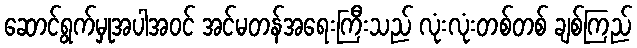
ဆောင်ရွက်မှုအပါအဝင် အင်မတန်အရေးကြီးသည် လုံးလုံးတစ်တစ် ချစ်ကြည်